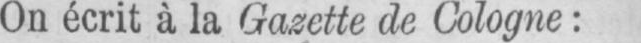
On écrit à la Gazette de Cologne: